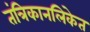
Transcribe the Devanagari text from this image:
तंत्रिकानलिकेत